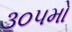
૩૦૫મો